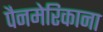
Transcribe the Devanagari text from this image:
पैनमेरिकाना